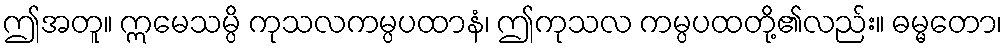
ဤအတူ။ ဣမေသမ္ပိ ကုသလကမ္ပပထာနံ၊ ဤကုသလ ကမ္ပပထတို့၏လည်း။ ဓမ္မတော၊